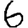
Digit: 6